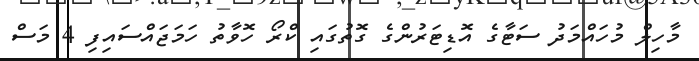
މާހިލް މުހައްމަދު ސަޓާގެ އޮޑިޓަރުންގެ ގޮތުގައި ކްރޯ ހޮވާތު ހަމަޖައްސައިފި 4 މަސް